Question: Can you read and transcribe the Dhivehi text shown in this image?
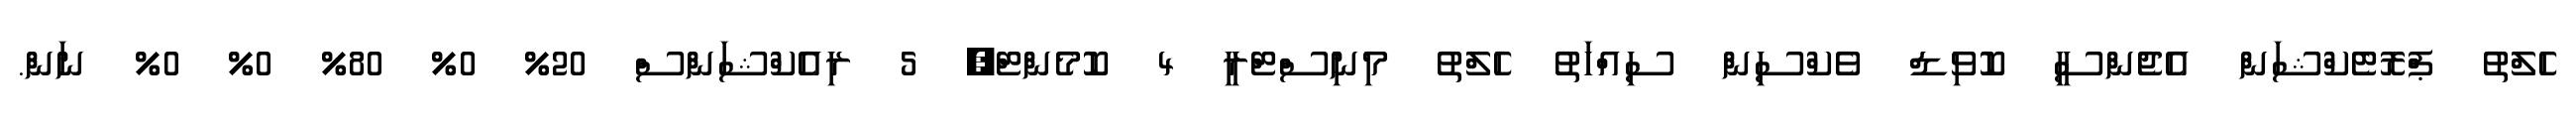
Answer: ހެލްތު ޕްރޮޓެކްޝަން އެޖެންސީ ކޮވިޑް ވެކްސިން ސިއްހަތު ހެލްތު މިނިސްޓްރީ 4 ކޮމެންޓް, 5 ރިއެކްޝަންސް 20% 0% 80% 0% 0% ނަން.